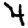
Digit: 4